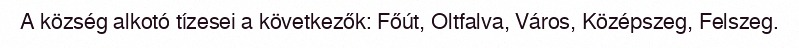
A község alkotó tízesei a következők: Főút, Oltfalva, Város, Középszeg, Felszeg.